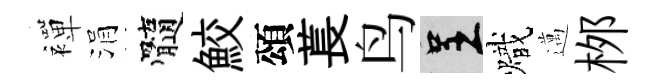
襌涓髓鮫頌萇鸟呈熾邁桞